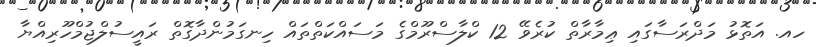
ހއ. އަތޮޅު މަދްރަސާގައި ޢިމާރާތް ކުރެވޭ 12 ކްލާސްރޫމްގެ މަސައްކަތްތައް ހިނގަމުންދާގޮތް ރައީސުލްޖުމްހޫރިއްޔާ